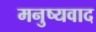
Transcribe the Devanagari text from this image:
मनुष्यवाद